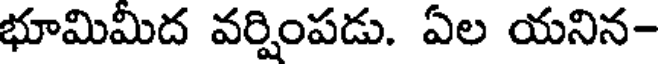
భూమిమిద వర్షింపడు. ఏల యనిన-